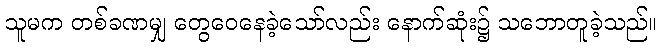
သူမက တစ်ခဏမျှ တွေဝေနေခဲ့သော်လည်း နောက်ဆုံး၌ သဘောတူခဲ့သည်။